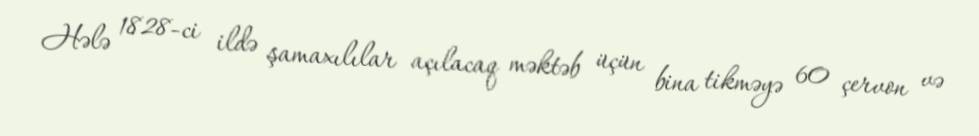
Hələ 1828-ci ildə şamaxılılar açılacaq məktəb üçün bina tikməyə 60 çervon və